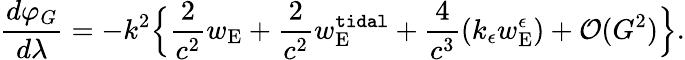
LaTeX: \frac{d\varphi_{G}}{d\lambda}=-k^{2}\Big\{ \frac{2}{c^{2}}w_{\mathrm{E}}+\frac{2}{c^{2}}w_{\mathrm{E}}^{\tt tidal}+\frac{4}{c^{3}}(k_{\epsilon}w_{\mathrm{E}}^{\epsilon})+{\cal O}(G^{2})\Big\} .